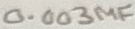
Text: 0.003µF